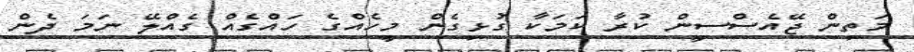
މަތިން ޖޭއެސްސީން ކުރާ ކަމަކާ ގުޅިގެން މީހެއްގެ ހައްގެއް ގެއްލޭ ނަމަ ދެން